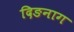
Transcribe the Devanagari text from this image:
दिङनाग